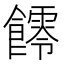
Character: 𩟃